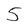
Character: 5